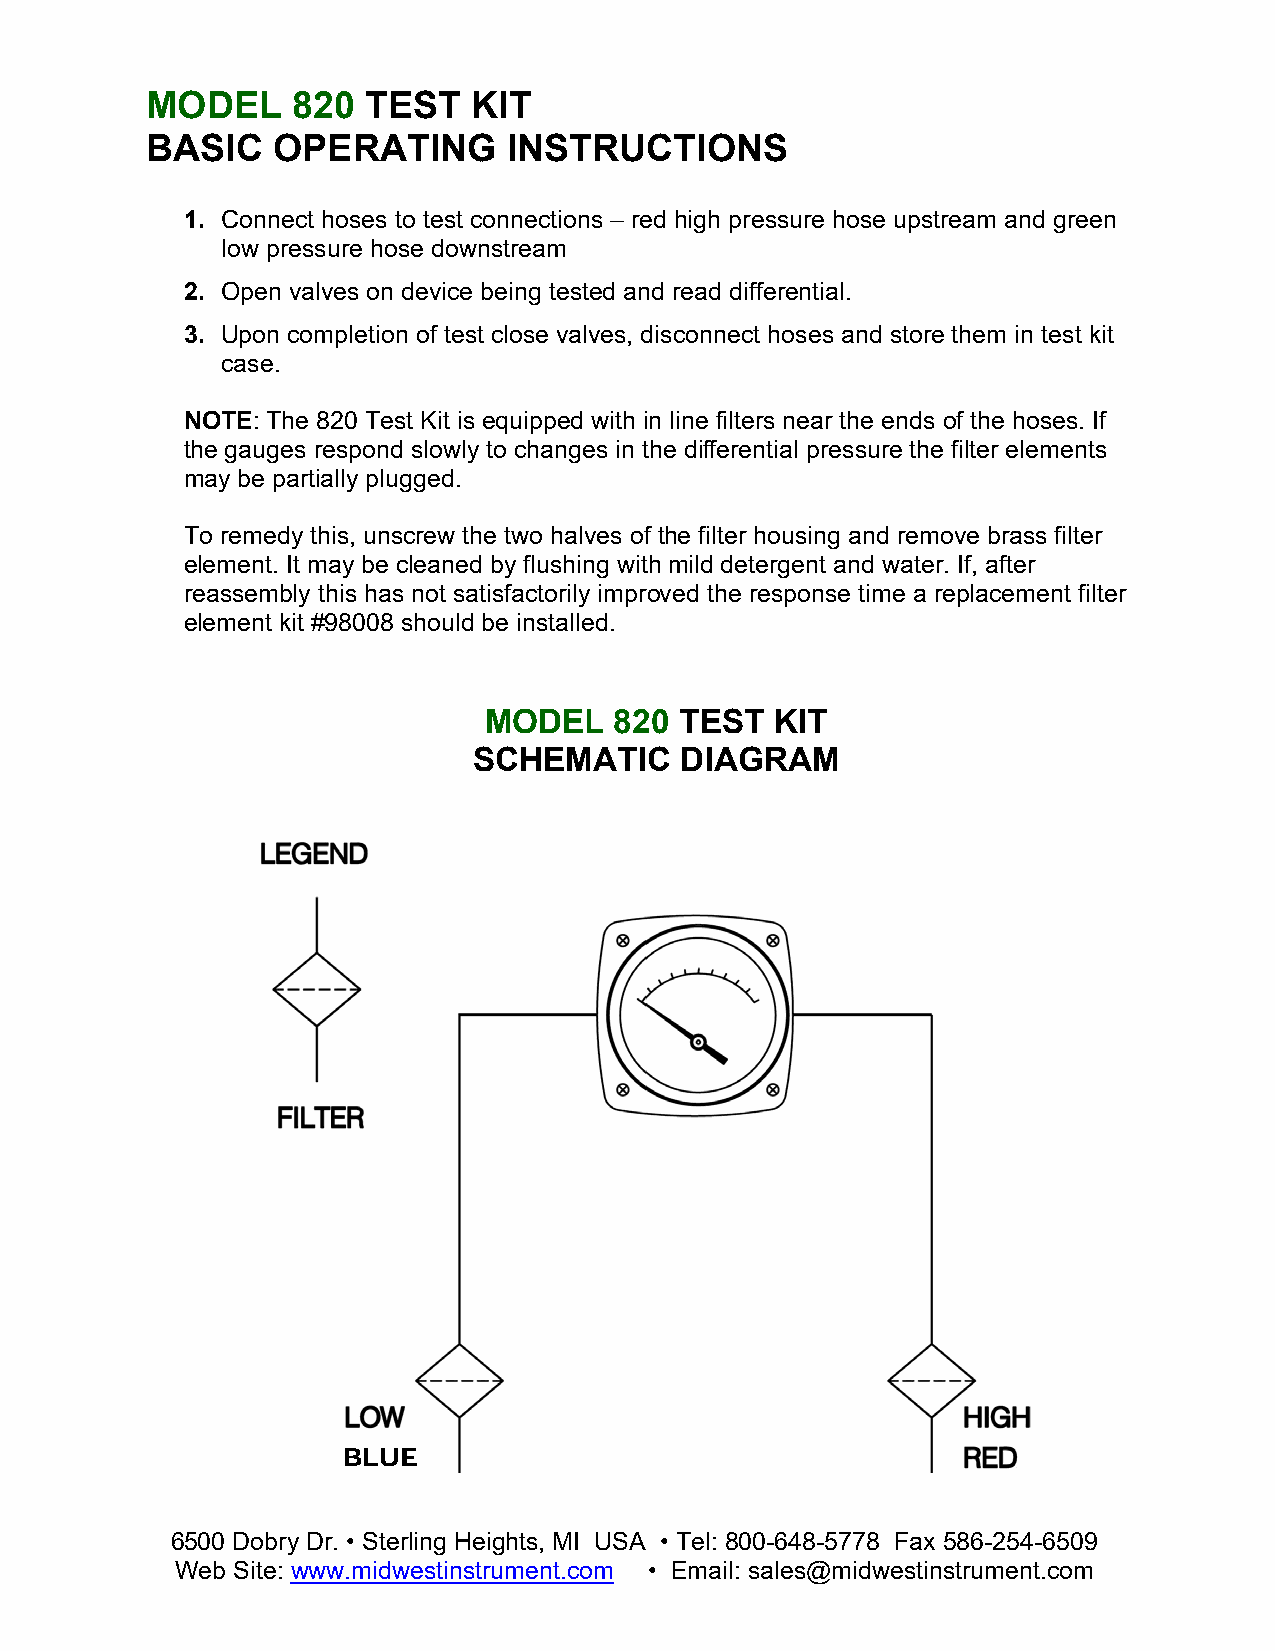
MODEL    820  TEST   KIT
 BASIC   OPERATING       INSTRUCTIONS
 1 . Connect hoses to test connections – red high pressure hose upstream and green
 low pressure hose downstream
 2. Open valves on device being tested and read differential.
 3 . Upon completion of test close valves, disconnect hoses and store them in test kit
 case.
 N OTE: The 820 Test Kit is equipped with in line filters near the ends of the hoses. If
 t he gauges respond slowly to changes in the differential pressure the filter elements
 may be partially plugged.
 To remedy this, unscrew the two halves of the filter housing and remove brass filter
 element. It may be cleaned by flushing with mild detergent and water. If, after
 reassembly this has not satisfactorily improved the response time a replacement filter
 element kit #98008 should be installed.
 MODEL    820 TEST  KIT
 SCHEMATIC     DIAGRAM
 BLUE
 6500 Dobry Dr. • Sterling Heights, MI USA • Tel: 800-648-5778 Fax 586-254-6509
 Web Site: www.midwestinstrument.com • Email: sales@midwestinstrument.com